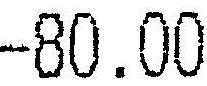
-80.00